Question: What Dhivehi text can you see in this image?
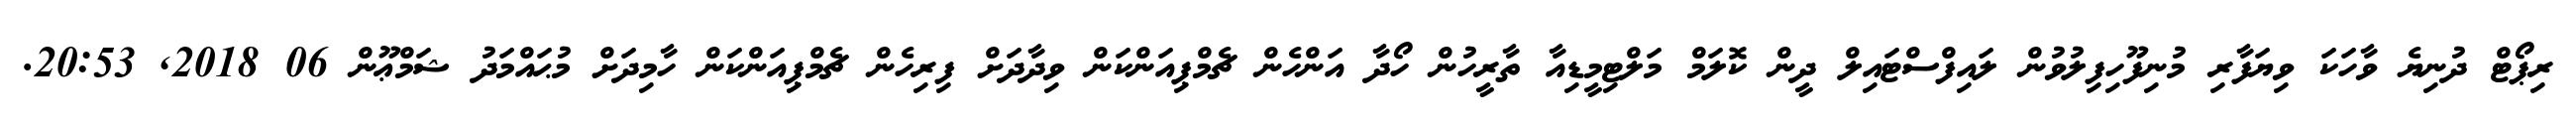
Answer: ރިޕޯޓް ދުނިޔެ ވާހަކަ ވިޔަފާރި މުނިފޫހިފިލުވުން ލައިފްސްޓައިލް ދީން ކޮލަމް މަލްޓިމީޑިއާ ތާރީހުން ހޯދާ އަންހެން ޗެމްޕިއަންކަން ވިދާދަށް ފިރިހެން ޗެމްޕިއަންކަން ހާމިދަށް މުޙައްމަދު ޝަމްޢޫން 06 2018, 20:53.